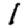
Digit: 1